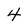
Character: 4